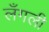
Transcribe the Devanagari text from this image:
लँगली